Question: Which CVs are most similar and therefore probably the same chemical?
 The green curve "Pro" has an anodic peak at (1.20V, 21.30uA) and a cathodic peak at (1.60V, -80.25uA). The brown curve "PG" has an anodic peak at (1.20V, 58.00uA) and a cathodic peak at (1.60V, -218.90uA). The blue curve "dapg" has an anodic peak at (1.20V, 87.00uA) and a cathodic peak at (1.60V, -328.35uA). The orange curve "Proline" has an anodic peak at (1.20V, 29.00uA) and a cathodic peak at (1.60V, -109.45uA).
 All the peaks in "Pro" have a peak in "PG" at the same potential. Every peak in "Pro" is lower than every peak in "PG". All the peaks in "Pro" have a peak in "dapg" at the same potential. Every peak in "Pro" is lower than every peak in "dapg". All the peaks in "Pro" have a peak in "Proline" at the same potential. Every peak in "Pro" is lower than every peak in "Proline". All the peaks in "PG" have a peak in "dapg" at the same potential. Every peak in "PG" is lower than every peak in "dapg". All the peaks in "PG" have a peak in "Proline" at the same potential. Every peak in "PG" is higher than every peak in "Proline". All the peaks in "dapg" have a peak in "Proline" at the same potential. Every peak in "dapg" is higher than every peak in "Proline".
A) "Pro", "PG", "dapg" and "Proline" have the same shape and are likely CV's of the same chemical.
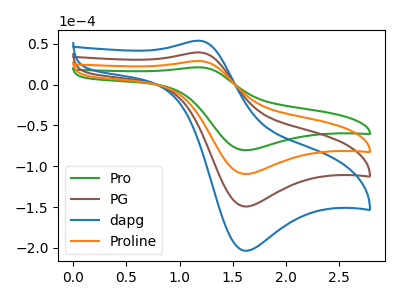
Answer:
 <answer>A) "Pro", "PG", "dapg" and "Proline" have the same shape and are likely CV's of the same chemical.</answer>
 <eval>A</eval>